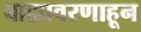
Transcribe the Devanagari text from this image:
बाह्यावरणाहून